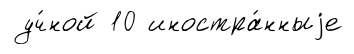
уч́ной 10 иностра́нныjе